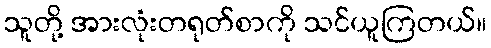
သူတို့ အားလုံးတရုတ်စာကို သင်ယူကြတယ်။